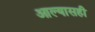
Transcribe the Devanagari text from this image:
आल्यासही